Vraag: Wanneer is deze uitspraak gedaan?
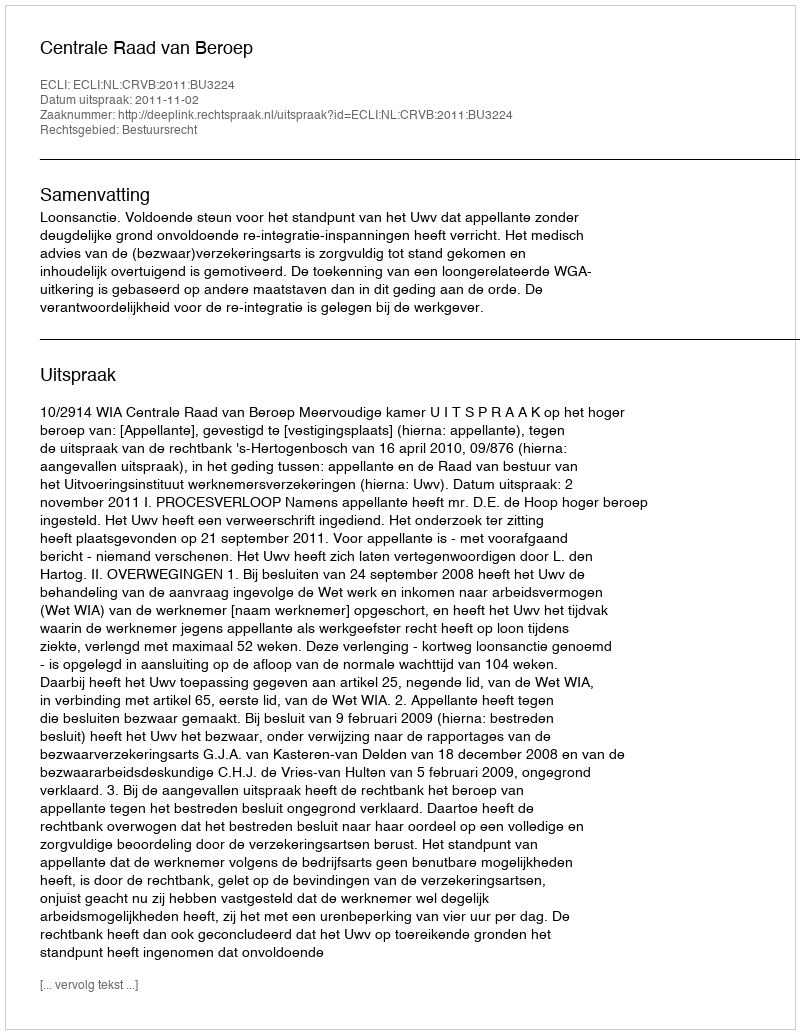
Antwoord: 2011-11-02